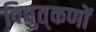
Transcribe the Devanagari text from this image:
विद्युत्‌कणों